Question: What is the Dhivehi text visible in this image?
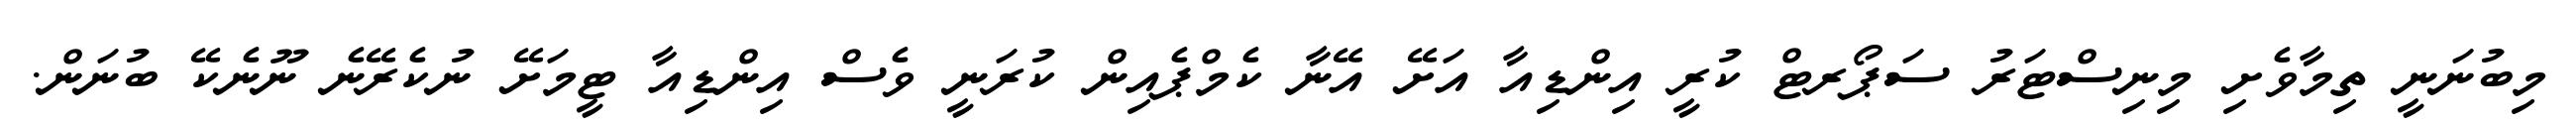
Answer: މިބުނަނީ ތިމާވެށި މިނިސްޓަރު ސަޕޯރޓް ކުރީ އިންޑިއާ އަށޭ އޭނާ ކެމްޕެއިން ކުރަނީ ވެސް އިންޑިއާ ޓީމަށޭ ނުކެރޭނެ ނޫނެކޭ ބުނަން.